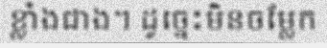
ខ្លាំងជាង។ ដូច្នេះមិនចម្លែក